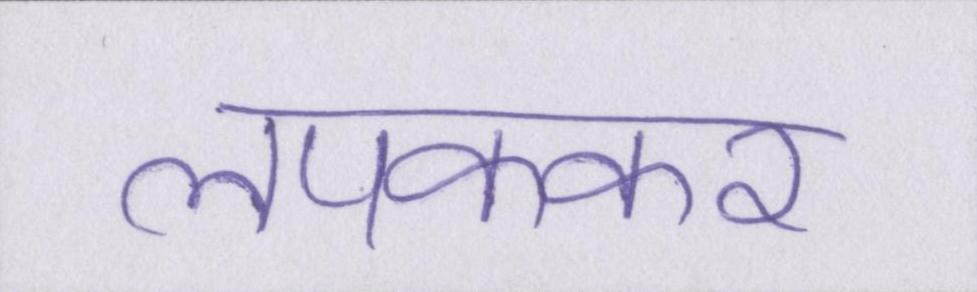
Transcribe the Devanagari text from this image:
लपककर